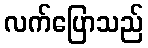
လက်ပြောသည်